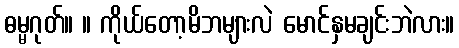
ဓမ္မဂုတ်။ ။ ကိုယ်တော့မိဘများလဲ မောင်နှမချင်းဘဲလား။